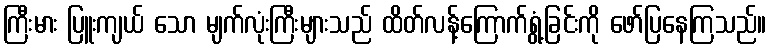
ကြီးမား ပြူးကျယ် သော မျက်လုံးကြီးများသည် ထိတ်လန့်ကြောက်ရွံ့ခြင်းကို ဖော်ပြနေကြသည်။